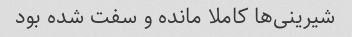
شیرینی‌ها کاملا مانده و سفت شده بود